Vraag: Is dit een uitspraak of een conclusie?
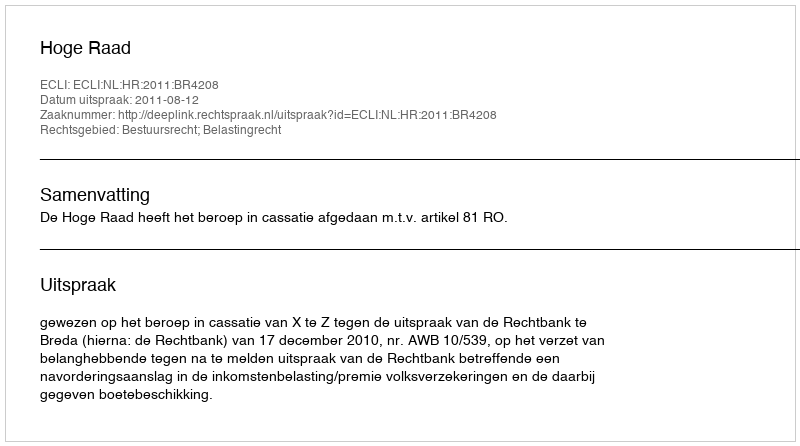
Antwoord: Uitspraak